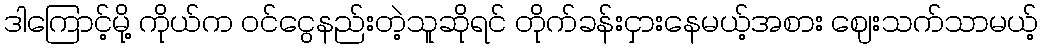
ဒါကြောင့်မို့ ကိုယ်က ၀င်ငွေနည်းတဲ့သူဆိုရင် တိုက်ခန်းငှားနေမယ့်အစား ဈေးသက်သာမယ့်